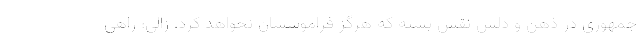
جمهوری در ذهن و دلش نقش بسته که هرگز فراموششان نخواهد کرد. زالی: راهی